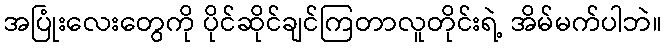
အပြုံးလေးတွေကို ပိုင်ဆိုင်ချင်ကြတာလူတိုင်းရဲ့ အိမ်မက်ပါဘဲ။